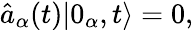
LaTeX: \hat{a}_{\alpha}(t)\vert 0_{\alpha},t\rangle=0,